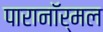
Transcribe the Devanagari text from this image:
पारानाॅर्मल